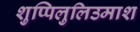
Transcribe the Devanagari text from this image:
शुप्पिलुलिउमाश